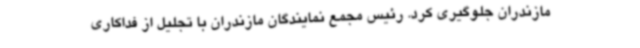
مازندران جلوگیری کرد. رئیس مجمع نمایندگان مازندران با تجلیل از فداکاری